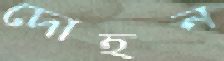
দোহন